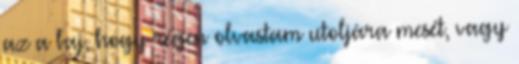
az a baj, hogy régen olvastam utoljára mesét, vagy